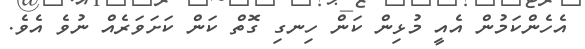
އެހެންކަމުން އެއީ މުޅިން ކަން ހިނގި ގޮތް ކަން ކަށަވަރެއް ނުވެ އެވެ.